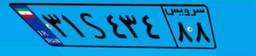
۰۰S۹۸۱۹۵